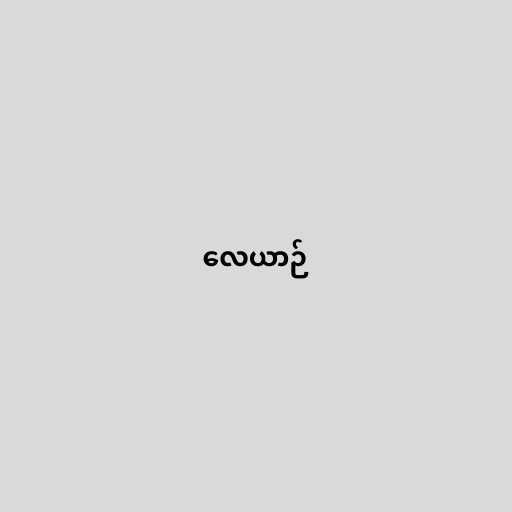
လေယာဉ်